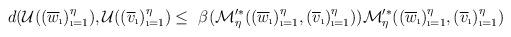
LaTeX: \begin{align*}d(\mathcal{U}((\overline{w}_{\i})_{\i=1}^{\eta}),\mathcal{U}((\overline{v}_{\i})_{\i=1}^{\eta})\leq~\beta(\mathcal{M}'^{*}_{\eta}((\overline{w}_{\i})_{\i=1}^{\eta},(\overline{v}_{\i})_{\i=1}^{\eta}))\mathcal{M}'^{*}_{\eta}((\overline{w}_{\i})_{\i=1}^{\eta},(\overline{v}_{\i})_{\i=1}^{\eta})\end{align*}